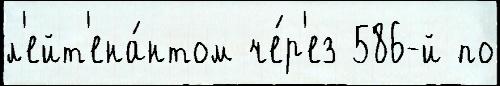
л'ейт'ена́нтом че́р'ез 586-й по